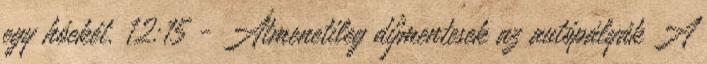
egy hóekét. 12:15 - Átmenetileg díjmentesek az autópályák A